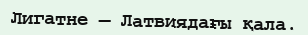
Лигатне — Латвиядағы қала.